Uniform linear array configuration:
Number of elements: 8
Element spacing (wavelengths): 0.75
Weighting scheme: hamming
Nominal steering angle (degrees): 15
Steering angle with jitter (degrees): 15.053
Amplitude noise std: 0.05
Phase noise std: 0.05

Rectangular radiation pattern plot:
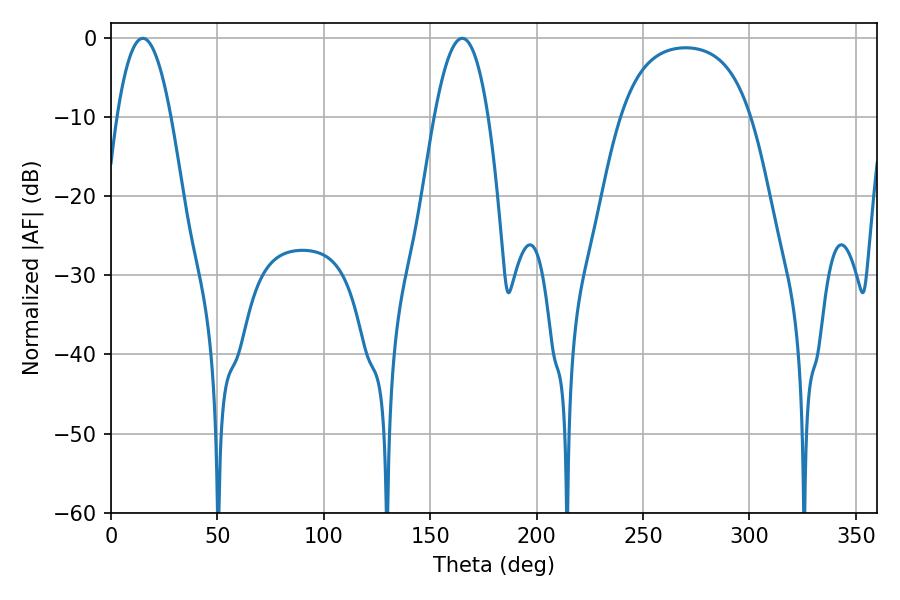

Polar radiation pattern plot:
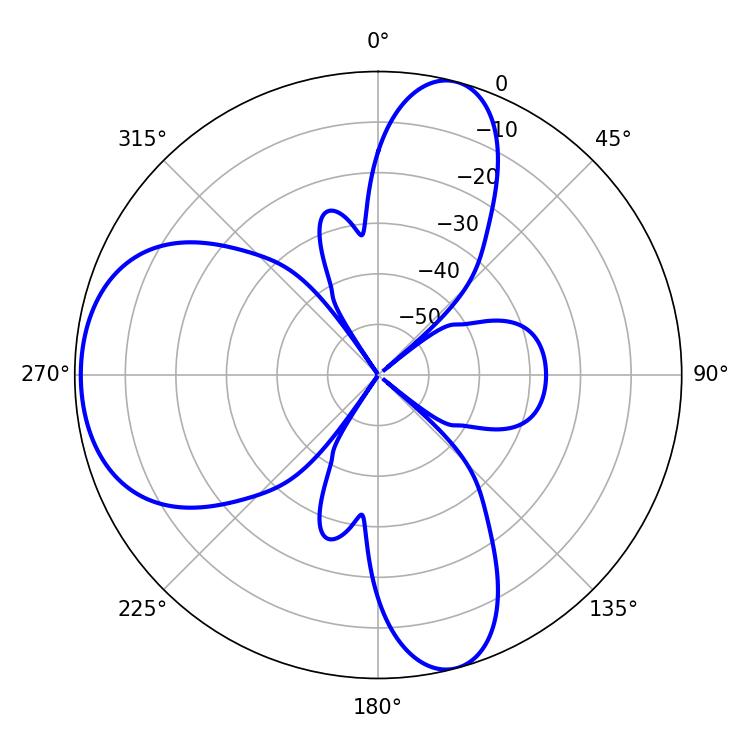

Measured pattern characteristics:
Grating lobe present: TRUE
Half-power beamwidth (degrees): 14.04
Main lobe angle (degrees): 14.94